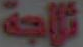
ثلاجة